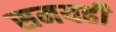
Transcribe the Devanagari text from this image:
समयही